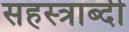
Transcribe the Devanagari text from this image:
सहस्‍त्राब्दी